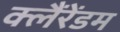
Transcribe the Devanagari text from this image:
क्लैंरेंडम